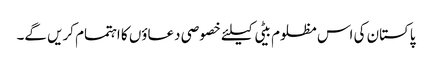
پاکستان کی اس مظلوم بیٹی کیلئے خصوصی دعاؤں کا اہتمام کریں گے۔